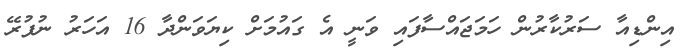
އިންޑިއާ ސަރުކާރުން ހަމަޖައްސާފައި ވަނީ އެ ގައުމަށް ކިޔަވަންދާ 16 އަހަރު ނުފުރޭ